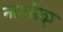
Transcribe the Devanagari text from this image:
नागरिक्